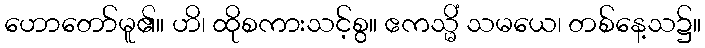
ဟောတော်မူ၏။ ဟိ၊ ထိုစကားသင့်စွ။ ဧကသ္မိံ သမယေ၊ တစ်နေ့သ၌။